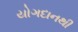
યોગદાનથી